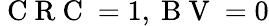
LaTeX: \mathrm{~C~R~C~}=1,\mathrm{~B~V~}=0